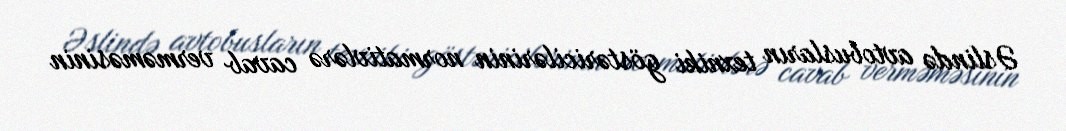
Əslində avtobusların texniki göstəricilərinin normativlərə cavab verməməsinin